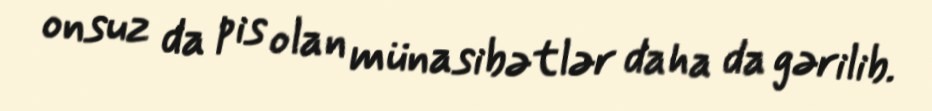
onsuz da pis olan münasibətlər daha da gərilib.